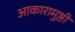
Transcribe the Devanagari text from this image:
आकारामुष्ठी